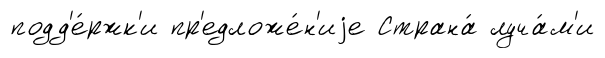
подд'е́ржк'и пр'едложе́н'иjе Страна́ луча́м'и